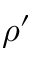
\rho ^ { \prime }